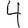
Digit: 4